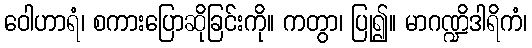
ဝေါဟာရံ၊ စကားပြောဆိုခြင်းကို။ ကတွာ၊ ပြု၍။ မာဂဏ္ဍိဒါရိကံ၊